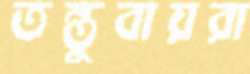
তন্তুবায়রা